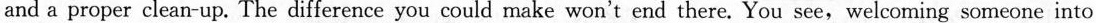
and a proper clean-up. The difference you could make won't end there. You see,welcoming someone into